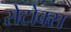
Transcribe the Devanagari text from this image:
सेटोक्स